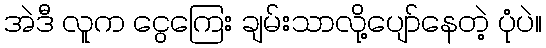
အဲဒီ လူက ငွေကြေး ချမ်းသာလို့ပျော်နေတဲ့ ပုံပဲ။